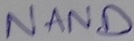
Text: NAND